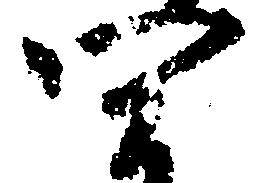
四